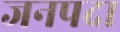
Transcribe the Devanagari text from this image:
जनपदा